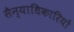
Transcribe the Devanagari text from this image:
सैन्याधिकारियों